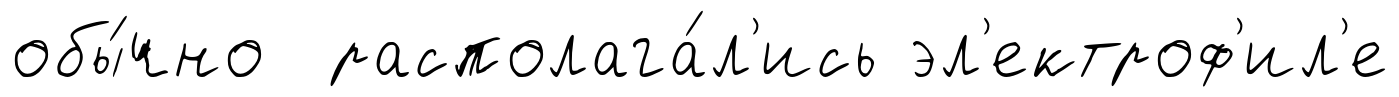
обы́чно располага́л'ись эл'ектроф'ил'е